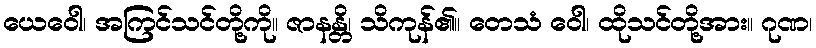
ယေဝေါ၊ အကြင်သင်တို့ကို။ ဇာနန္တိ၊ သိကုန်၏။ တေသံ ဝေါ၊ ထိုသင်တို့အား။ ဂုဏ၊